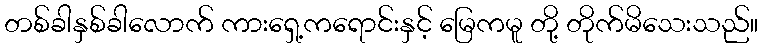
တစ်ခါနှစ်ခါလောက် ကားရှေ့ကရောင်းနှင့် မြေကမူ တို့ တိုက်မိသေးသည်။